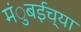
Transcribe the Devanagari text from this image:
मंुबईच्या